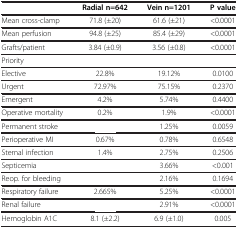
<table><thead><tr><td>[EMPTY_CELL]</td><td><b>Radial n=642</b></td><td><b>Vein n=1201</b></td><td><b>P value</b></td></tr></thead><tbody><tr><td>Mean cross-clamp</td><td>71.8 (±20)</td><td>61.6 (±21)</td><td>&lt;0.0001</td></tr><tr><td>Mean perfusion</td><td>94.8 (±25)</td><td>85.4 (±29)</td><td>&lt;0.0001</td></tr><tr><td>Grafts/patient</td><td>3.84 (±0.9)</td><td>3.56 (±0.8)</td><td>&lt;0.0001</td></tr><tr><td>Priority</td><td>[EMPTY_CELL]</td><td>[EMPTY_CELL]</td><td>[EMPTY_CELL]</td></tr><tr><td>Elective</td><td>22.8%</td><td>19.12%</td><td>0.0100</td></tr><tr><td>Urgent</td><td>72.97%</td><td>75.15%</td><td>0.2370</td></tr><tr><td>Emergent</td><td>4.2%</td><td>5.74%</td><td>0.4400</td></tr><tr><td>Operative mortality</td><td>0.2%</td><td>1.9%</td><td>&lt;0.0001</td></tr><tr><td>Permanent stroke</td><td>[EMPTY_CELL]</td><td>1.25%</td><td>0.0059</td></tr><tr><td>Perioperative MI</td><td>0.67%</td><td>0.78%</td><td>0.6548</td></tr><tr><td>Sternal infection</td><td>1.4%</td><td>2.75%</td><td>0.2506</td></tr><tr><td>Septicemia</td><td>[EMPTY_CELL]</td><td>3.66%</td><td>&lt;0.001</td></tr><tr><td>Reop. for bleeding</td><td>[EMPTY_CELL]</td><td>2.16%</td><td>0.1694</td></tr><tr><td>Respiratory failure</td><td>2.665%</td><td>5.25%</td><td>&lt;0.0001</td></tr><tr><td>Renal failure</td><td>[EMPTY_CELL]</td><td>2.91%</td><td>&lt;0.0001</td></tr><tr><td>Hemoglobin A1C</td><td>8.1 (±2.2)</td><td>6.9 (±1.0)</td><td>0.005</td></tr></tbody></table>